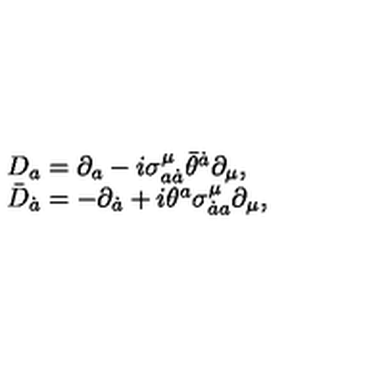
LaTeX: \begin{array} { l l } { D _ { a } = \partial _ { a } - i \sigma _ { a \dot { a } } ^ { \mu } \bar { \theta } ^ { \dot { a } } \partial _ { \mu } , } & { } \\ { \bar { D } _ { \dot { a } } = - \partial _ { \dot { a } } + i \theta ^ { a } \sigma _ { \dot { a } a } ^ { \mu } \partial _ { \mu } , } & { } \\ \end{array}